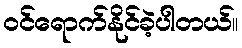
ဝင်ရောက်နိုင်ခဲ့ပါတယ်။